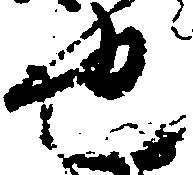
也